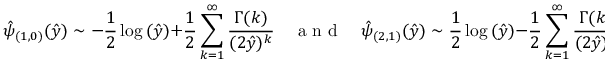
\hat { \psi } _ { ( 1 , 0 ) } ( \hat { y } ) \sim - \frac { 1 } { 2 } \log { ( \hat { y } ) } + \frac { 1 } { 2 } \sum _ { k = 1 } ^ { \infty } \frac { \Gamma { ( k ) } } { ( 2 \hat { y } ) ^ { k } } \quad \mathrm { ~ a ~ n ~ d ~ } \quad \hat { \psi } _ { ( 2 , 1 ) } ( \hat { y } ) \sim \frac { 1 } { 2 } \log { ( \hat { y } ) } - \frac { 1 } { 2 } \sum _ { k = 1 } ^ { \infty } \frac { \Gamma { ( k ) } } { ( 2 \hat { y } ) ^ { k } } .